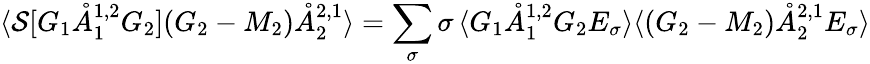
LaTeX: \langle\mathcal{S}[G_{1}\mathring{A}_{1}^{{1,2}}G_{2}](G_{2}-M_{2})\mathring{A}_{2}^{{2,1}}\rangle=\sum_{\sigma}\sigma\, \langle G_{1}\mathring{A}_{1}^{{1,2}}G_{2}E_{\sigma}\rangle\langle(G_{2}-M_{2})\mathring{A}_{2}^{{2,1}}E_{\sigma}\rangle